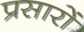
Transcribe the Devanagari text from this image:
प्रसारों